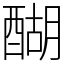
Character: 醐